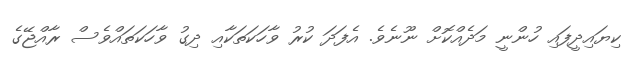
ކިޔައިދީފައި ހުންނީ މަދެއްކޮށް ނޫނެވެ. އެފަދަ ކުރު ވާހަކަތަކާއި ދިގު ވާހަކަތައްވެސް ރާއްޖޭގެ